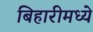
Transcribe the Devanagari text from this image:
बिहारीमध्ये